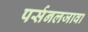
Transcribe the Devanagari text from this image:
पर्सनलजावा